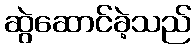
ဆွဲဆောင်ခဲ့သည်